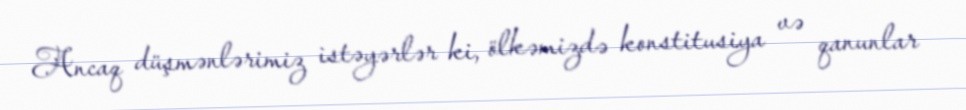
Ancaq düşmənlərimiz istəyərlər ki, ölkəmizdə konstitusiya və qanunlar